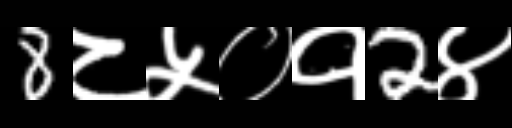
Text: 8८५०१2४